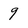
Character: 9